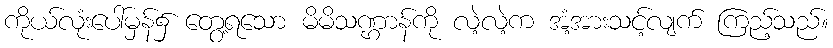
ကိုယ်လုံးပေါ်မှန်၌ တွေ့ရသော မိမိသဏ္ဌာန်ကို လဲ့လဲ့က အံ့အားသင့်လျက် ကြည့်သည်။